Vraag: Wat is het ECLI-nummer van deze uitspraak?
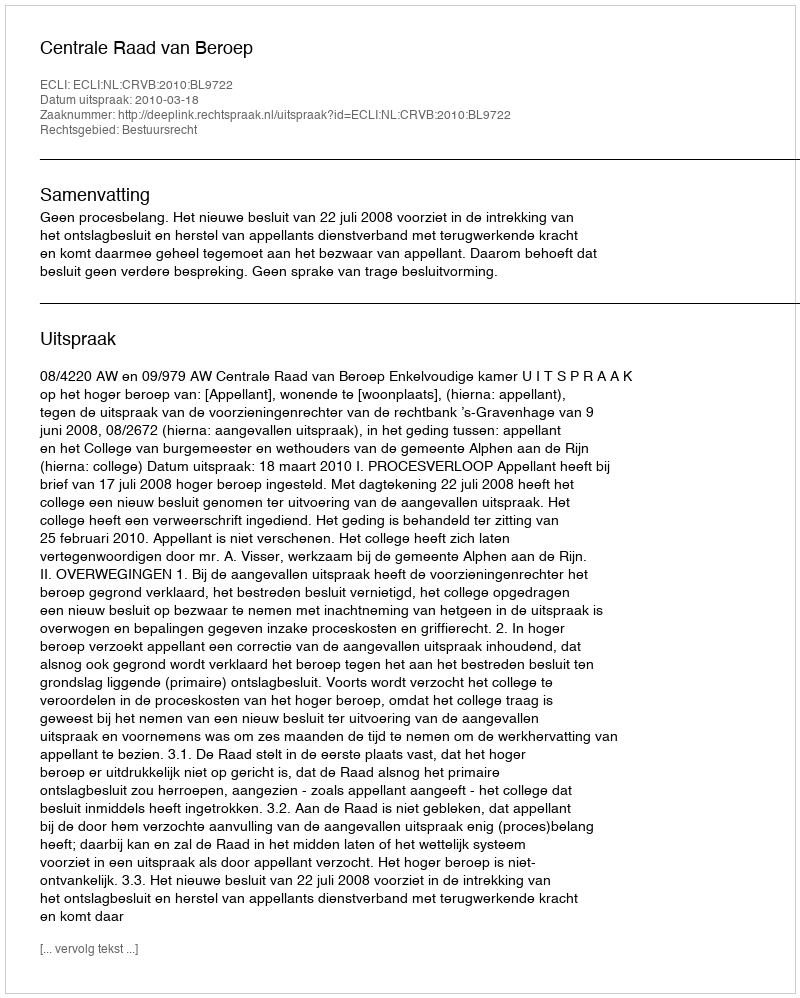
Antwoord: ECLI:NL:CRVB:2010:BL9722